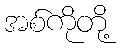
အစ်ကိုတို့